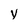
Character: y